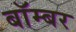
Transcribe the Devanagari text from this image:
बाॅम्बर